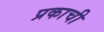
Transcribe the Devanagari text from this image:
प्रकाची